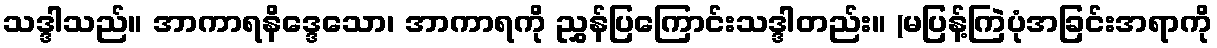
သဒ္ဒါသည်။ အာကာရနိဒ္ဒေသော၊ အာကာရကို ညွှန်ပြကြောင်းသဒ္ဒါတည်း။ (မပြန့်ကြဲပုံအခြင်းအရာကို